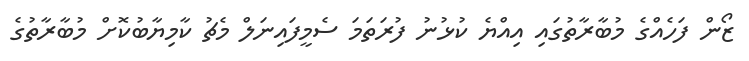
ޒޯން ފަހެއްގެ މުބާރާތުގައި އިއްޔެ ކުޅުނު ފުރަތަމަ ސެމީފައިނަލް މެޗު ކާމިޔާބުކޮށް މުބާރާތުގެ